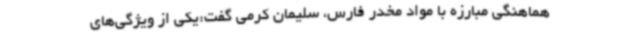
هماهنگی مبارزه با مواد مخدر فارس، سلیمان کرمی گفت:یکی از ویژگی‌های